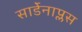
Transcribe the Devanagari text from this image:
सार्डेनाप्लस